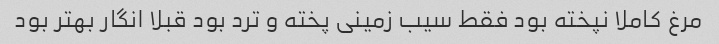
مرغ کاملا نپخته بود فقط سیب زمینی پخته و ترد بود قبلا انگار بهتر بود